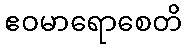
ဧဝမာရောစေတိ